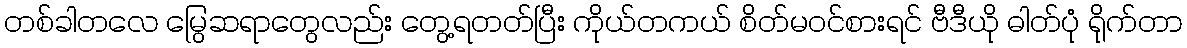
တစ်ခါတလေ မြွေဆရာတွေလည်း တွေ့ရတတ်ပြီး ကိုယ်တကယ် စိတ်မဝင်စားရင် ဗီဒီယို ဓါတ်ပုံ ရိုက်တာ